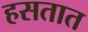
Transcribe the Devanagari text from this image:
हसतात